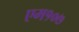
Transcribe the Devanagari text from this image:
एम१०७